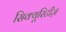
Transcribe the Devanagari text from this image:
सिक्यूरिटीज़